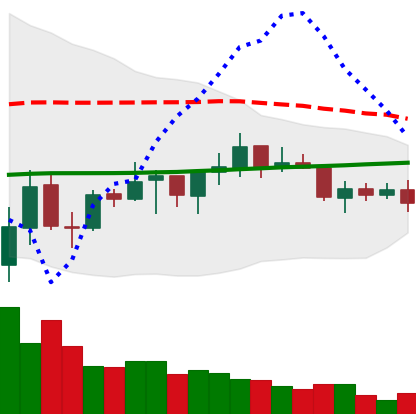
Ticker: ADA-USD
Chart end date: 2021-07-12
Forward return: -10.858%
Label: down_7plus